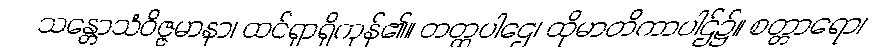
သန္တောသံဝိဇ္ဇမာနာ၊ ထင်ရှာရှိကုန်၏။ တတ္ထပါဌေ၊ ထိုမာတိကာပါဌ်၌။ စတ္တာရော၊